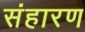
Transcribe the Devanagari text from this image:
संहारण